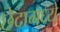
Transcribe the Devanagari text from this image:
छेदामध्ये